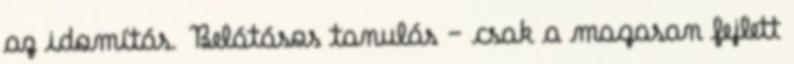
az idomítás. Belátásos tanulás – csak a magasan fejlett